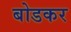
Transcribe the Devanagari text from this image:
बोडकर